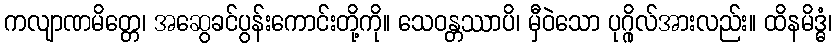
ကလျာဏမိတ္တေ၊ အဆွေခင်ပွန်းကောင်းတို့ကို။ သေဝန္တဿာပိ၊ မှီဝဲသော ပုဂ္ဂိုလ်အားလည်း။ ထိနမိဒ္ဓံ၊